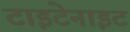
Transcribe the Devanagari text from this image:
टाइटेनाइट